Medical and sanitary report of the native army of Bengal for the year
Year: 1877
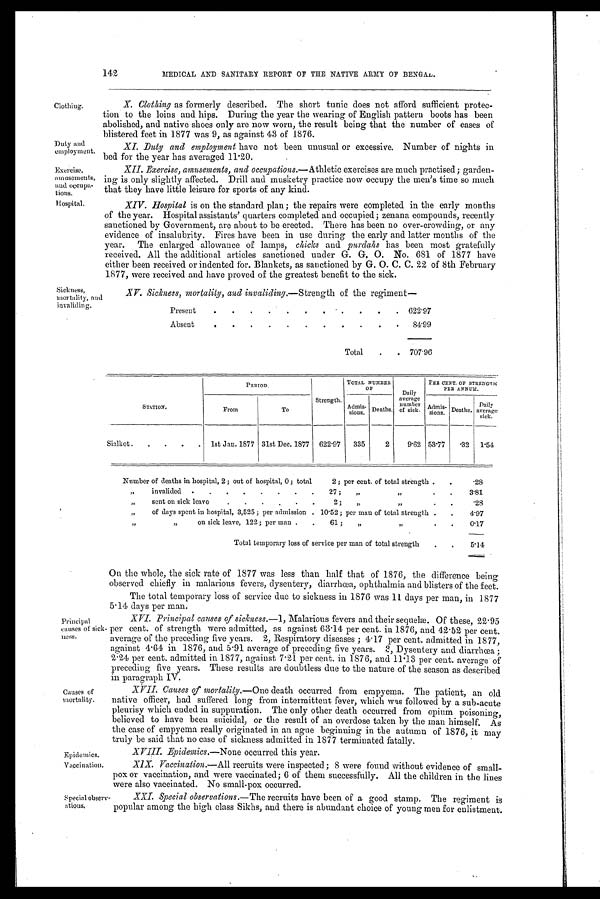
142
MEDICAL AND SANITARY REPORT OF THE NATIVE ARMY OF BENGAL.
Clothing.
Duty and
employment.
Exercise,
amusements,
and occupa-
tions.
Hospital.
Sickness,
mortality, and
invaliding.
X. Clothing as formerly described. The short tunic does not afford sufficient protec-
tion to the loins and hips. During the year the wearing of English pattern boots has been
abolished, and native shoes only are now worn, the result being that the number of cases of
blistered feet in 1877 was 9, as against 43 of 1876.
XI. Duty and employment have not been unusual or excessive. Number of nights in
bed for the year has averaged 11.20.
XII. Exercise, amusements, and occupations.—Athletic exercises are much practised; garden-
ing is only slightly affected. Drill and musketry practice now occupy the men's time so much
that they have little leisure for sports of any kind.
XIV. Hospital is on the standard plan; the repairs were completed in the early months
of the year. Hospital assistants' quarters completed and occupied; zenana compounds, recently
sanctioned by Government, are about to be erected. There has been no over-crowding, or any
evidence of insalubrity. Fires have been in use during the early and latter months of the
year. The enlarged allowance of lamps, chicks and purdahs has been most gratefully
received. All the additional articles sanctioned under G. G. O. No. 681 of 1877 have
either been received or indented for. Blankets, as sanctioned by G. O. C. C. 22 of 8th February
1877, were received and have proved of the greatest benefit to the sick.
XV. Sickness, mortality, and invaliding. —Strength of the regiment—
Present
.
.
.
.
.
.
.
.
.
.
. 622.97
Absent
.
.
.
.
.
.
.
.
.
.
.
84.99
Total
.
. 707.96
STATION.
PERIOD.
Strength.
TOTAL NUMBER
OF
Daily
average
number
of sick.
PEE CENT. OF STRENGTH
PER ANNUM.
Admis -
sions.
Deaths.
Adi mis-
s i o n s . Deaths.
Daily
average
sick.
From
To
Sialkot .
.
.
.
.
1st Jan. 1877 31st Dec. 1877 622 .97
335
2
9.62 53.77
.32
1.54
Number of deaths in hospital, 2; out of hospital, 0; total
2 ; per cent. of total strength .
.
.28
„
invalided
.
.
.
.
.
.
.
27 ;
„ „
3.81
„
sent on sick leavo
.
2 ;
„
„
.28
„
of days spent in hospital, 3,525 ; per admission . 10.52; per man of total strength .
.
4.97
„ „
on sick leave, 122; per man .
.
61 ;
„ „
0.17
Total temporary loss of service per man of total strength
.
5.14
Principal
causes of sick-
ness.
Causes of
mortality.
Epidemics.
Vaccination.
Special observ
ations.
On the whole, the sick rate of 1877 was less than half that of 1876, the difference being
observed chiefly in malarious fevers, dysentery, diarrhœa, ophthalmia and blisters of the feet.
The total temporary loss of service due to sickness in 1876 was 11 days per man, in 1877
5 . 14 days per man.
XVI. Principal causes of sickness.— 1, Malarious fevers and their sequelæ. Of these, 22.95
per cent. of strength were admitted, as against 63 . 14 per cent. in 1876, and 42.52 per cent.
average of the preceding five years. 2, Respiratory diseases; 4 . 17 per cent. admitted in 1877,
against 4.64 in 1876, and 5.91 average of preceding five years. 3, Dysentery and diarrhœa;
2 . 24 per cent. admitted in 1877, against 7.21 per cent. in 1876, and 11 . 13 per cent. average of
preceding five years. These results are doubtless due to the nature of the season as described
in paragraph IV.
XVII. Causes of mortality.— One death occurred from empyema. The patient, an old
n a t i v e o f f i c e r , h a d s u f f e r e d l o n g f r o m i n t e r mi t t e n t f e v e r , wh i c h wa s f o l l o we d b y a s u b - a c u t e
pleurisy which ended in suppuration. The only other death occurred from opium poisoning,
believed to have been suicidal, or the result of an overdose taken by the man himself. As
the case of empyema really originated in an ague beginning in the autumn of 1876, it may
truly be said that no case of sickness admitted in 1877 terminated fatally.
XVIII. Ep i d e m i c s .
— N o n e
o c c u r r e d t h i s y e a r .
X1X. Vaccination,.—All recruits were inspected; 8 were found without evidence of small-
pox or vaccination, and were vaccinated; 6 of them successfully. All the children in the lines
were also vaccinated. No small-pox occurred.
XXI. Special observations.—The recruits have been of a good stamp. The regiment is
popular among the high class Sikhs, and there is abundant choice of young men for enlistment.